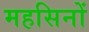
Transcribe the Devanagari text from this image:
महसिनों